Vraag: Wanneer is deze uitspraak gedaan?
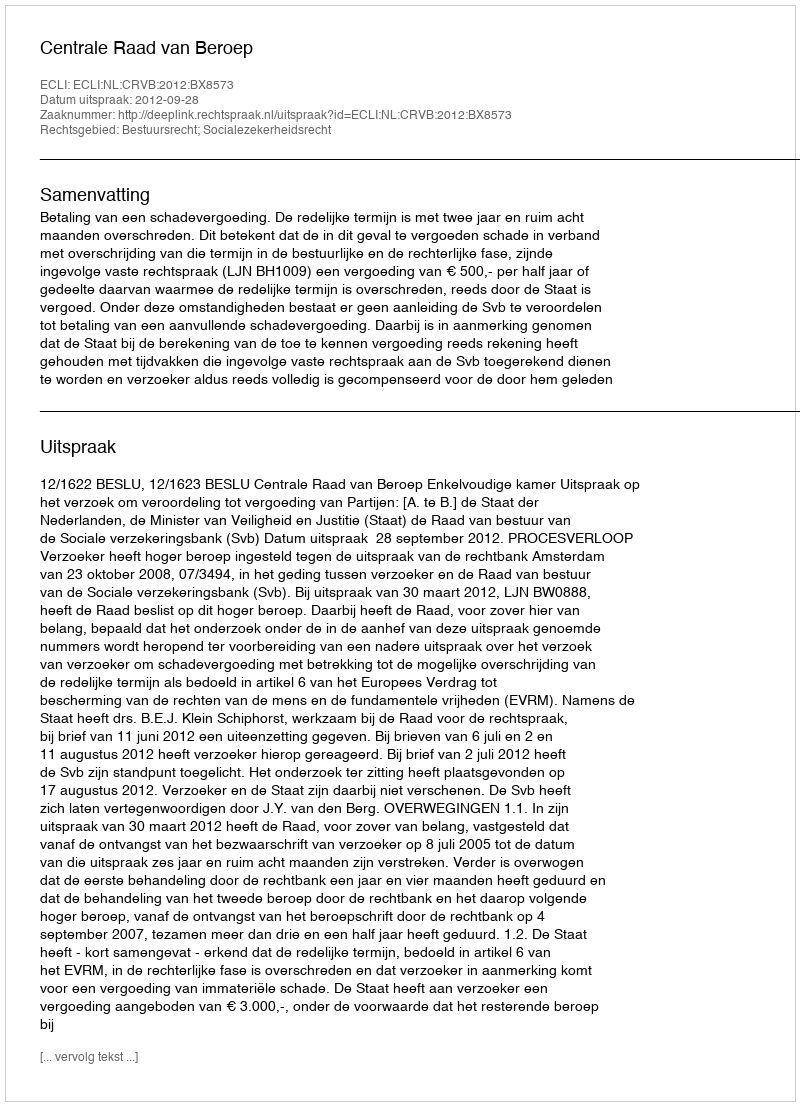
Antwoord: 2012-09-28